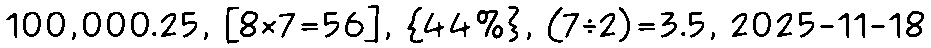
100,000.25, [8×7=56], {44%}, (7÷2)=3.5, 2025-11-18